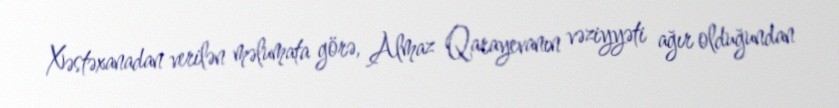
Xəstəxanadan verilən məlumata görə, Almaz Qarayevanın vəziyyəti ağır olduğundan